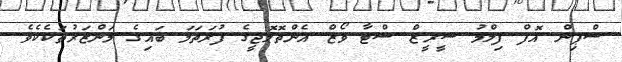
ސްޕިން އޮފް ފިލްމު ސީރީޒް ސްޓާ ވޯޒް އެންތޮލޮޖީގެ ފުރަތަމަ ބައިގެ މަންޒަރުތަކެކެވެ.